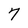
Character: 7